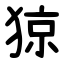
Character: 猄